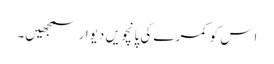
اِس کو کمرے کی پانچویں دیوار سمجھیں۔